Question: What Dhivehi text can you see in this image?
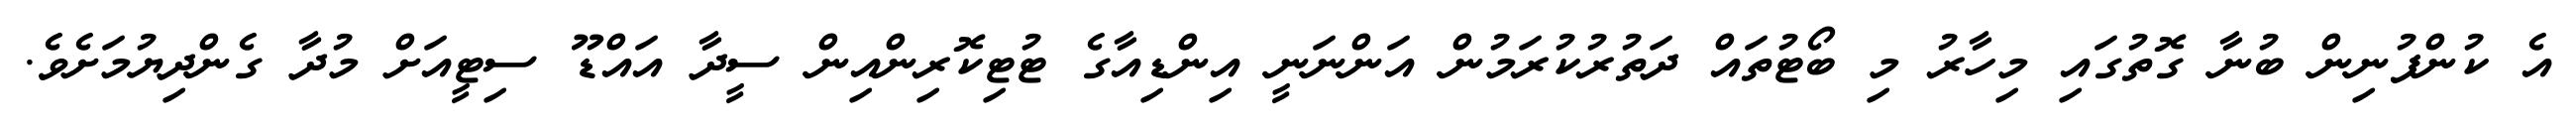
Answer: އެ ކުންފުނިން ބުނާ ގޮތުގައި މިހާރު މި ބޯޓުތައް ދަތުރުކުރަމުން އަންނަނީ އިންޑިއާގެ ޓުޓިކޮރިންއިން ސީދާ އައްޑޫ ސިޓީއަށް މުދާ ގެންދިޔުމަށެވެ.